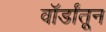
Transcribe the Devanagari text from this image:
वॉर्डांतून